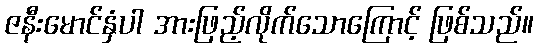
ဇနီးမောင်နှံပါ အားဖြည့်လိုက်သောကြောင့် ဖြစ်သည်။